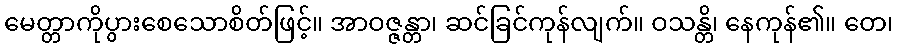
မေတ္တာကိုပွားစေသောစိတ်ဖြင့်။ အာဝဇ္ဇန္တာ၊ ဆင်ခြင်ကုန်လျက်။ ဝသန္တိ၊ နေကုန်၏။ တေ၊